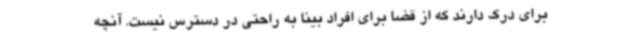
برای درک دارند که از قضا برای افراد بینا به راحتی در دسترس نیست. آنچه